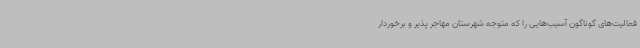
فعالیت‌های گوناگون آسیب‌هایی را که متوجه شهرستان مهاجر پذیر و برخوردار